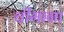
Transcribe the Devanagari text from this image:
चीमाना